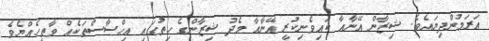
އަރަމުންދިޔައެވެ. ޝިޒާން އޭނާއާ ކައިވެނިކުރީ އޭނާއާ މެދު ޝިޒާންގެ ހިތުގައި އިޙްސާސްތަކެއް ވާތީހެއްޔެވެ